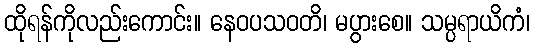
ထိုရန်ကိုလည်းကောင်း။ နေဝပသဝတိ၊ မပွားစေ။ သမ္ပရာယိကံ၊